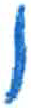
אות: ו